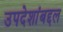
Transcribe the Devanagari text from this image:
उपदेशांबद्दल